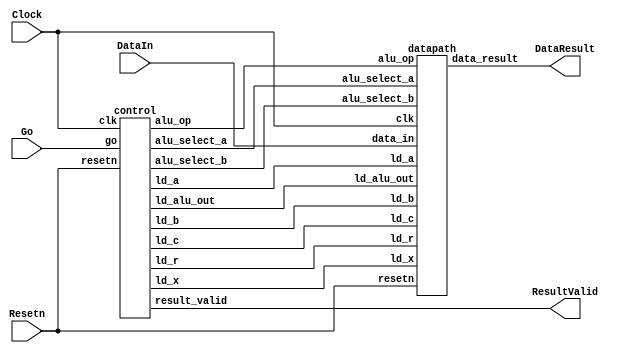
//Sw[7:0] data_in

//KEY[0] synchronous reset when pressed
//KEY[1] go signal

//LEDR displays result
//HEX0 & HEX1 also displays result

module part2(Clock, Resetn, Go, DataIn, DataResult, ResultValid);
    input Clock;
    input Resetn;
    input Go;
    input [7:0] DataIn;
    output [7:0] DataResult;
    output ResultValid;

    // lots of wires to connect our datapath and control
    wire ld_a, ld_b, ld_c, ld_x, ld_r;
    wire ld_alu_out;
    wire [1:0]  alu_select_a, alu_select_b;
    wire alu_op;

    control C0(
        .clk(Clock),
        .resetn(Resetn),

        .go(Go),

        .ld_alu_out(ld_alu_out),
        .ld_x(ld_x),
        .ld_a(ld_a),
        .ld_b(ld_b),
        .ld_c(ld_c),
        .ld_r(ld_r),

        .alu_select_a(alu_select_a),
        .alu_select_b(alu_select_b),
        .alu_op(alu_op),
        .result_valid(ResultValid)
    );

    datapath D0(
        .clk(Clock),
        .resetn(Resetn),

        .ld_alu_out(ld_alu_out),
        .ld_x(ld_x),
        .ld_a(ld_a),
        .ld_b(ld_b),
        .ld_c(ld_c),
        .ld_r(ld_r),

        .alu_select_a(alu_select_a),
        .alu_select_b(alu_select_b),
        .alu_op(alu_op),

        .data_in(DataIn),
        .data_result(DataResult)
    );

 endmodule


module control(
    input clk,
    input resetn,
    input go,

    output reg  ld_a, ld_b, ld_c, ld_x, ld_r,
    output reg  ld_alu_out,
    output reg [1:0]  alu_select_a, alu_select_b,
    output reg alu_op,
    output reg result_valid
    );

    reg [5:0] current_state, next_state;

    localparam  S_LOAD_A        = 5'd0,
                S_LOAD_A_WAIT   = 5'd1,
                S_LOAD_B        = 5'd2,
                S_LOAD_B_WAIT   = 5'd3,
                S_LOAD_C        = 5'd4,
                S_LOAD_C_WAIT   = 5'd5,
                S_LOAD_X        = 5'd6,
                S_LOAD_X_WAIT   = 5'd7,
                S_CYCLE_0       = 5'd8,
                S_CYCLE_1       = 5'd9,
                S_CYCLE_2       = 5'd10,
                S_CYCLE_3       = 5'd11;

    always @(posedge clk, negedge resetn)
    begin
        if (!resetn)
            result_valid = 1'b0;
        else if (current_state == S_CYCLE_3) 
            result_valid = 1'b1;
        else if (go == 1)
            result_valid = 1'b0;
    end

    // Next state logic aka our state table
    always@(*)
    begin: state_table
            case (current_state)
                S_LOAD_A: next_state = go ? S_LOAD_A_WAIT : S_LOAD_A; // Loop in current state until value is input
                S_LOAD_A_WAIT: next_state = go ? S_LOAD_A_WAIT : S_LOAD_B; // Loop in current state until go signal goes low
                S_LOAD_B: next_state = go ? S_LOAD_B_WAIT : S_LOAD_B; // Loop in current state until value is input
                S_LOAD_B_WAIT: next_state = go ? S_LOAD_B_WAIT : S_LOAD_C; // Loop in current state until go signal goes low
                S_LOAD_C: next_state = go ? S_LOAD_C_WAIT : S_LOAD_C; // Loop in current state until value is input
                S_LOAD_C_WAIT: next_state = go ? S_LOAD_C_WAIT : S_LOAD_X; // Loop in current state until go signal goes low
                S_LOAD_X: next_state = go ? S_LOAD_X_WAIT : S_LOAD_X; // Loop in current state until value is input
                S_LOAD_X_WAIT: next_state = go ? S_LOAD_X_WAIT : S_CYCLE_0; // Loop in current state until go signal goes low
                S_CYCLE_0: next_state = S_CYCLE_1;
                S_CYCLE_1: next_state = S_CYCLE_2;
                S_CYCLE_2: next_state = S_CYCLE_3;
                S_CYCLE_3: next_state = S_LOAD_A; // we will be done our two operations, start over after
            default:     next_state = S_LOAD_A;
        endcase
    end // state_table


    // Output logic aka all of our datapath control signals
    always @(*)
    begin: enable_signals
        // By default make all our signals 0
        ld_alu_out = 1'b0;
        ld_a = 1'b0;
        ld_b = 1'b0;
        ld_c = 1'b0;
        ld_x = 1'b0;
        ld_r = 1'b0;
        alu_select_a = 2'b0;
        alu_select_b = 2'b0;
        alu_op       = 1'b0;

        case (current_state)
            S_LOAD_A: begin
                ld_a = 1'b1;
                end
            S_LOAD_B: begin
                ld_b = 1'b1;
                end
            S_LOAD_C: begin
                ld_c = 1'b1;
                end
            S_LOAD_X: begin
                ld_x = 1'b1;
                end
            S_CYCLE_0: begin // Do A <- A * x
                ld_alu_out = 1'b1; ld_a = 1'b1; // Store result into reg A
                alu_select_a = 2'b00; // Select reg A
                alu_select_b = 2'b11; // Select reg x
                alu_op = 1'b1; // Multiply
            end
            S_CYCLE_1: begin // Do A <- A + B ( == A*x + B)
                ld_alu_out = 1'b1; ld_a = 1'b1; // Store result into reg A
                alu_select_a = 2'b00; // Select reg A (=A*x)
                alu_select_b = 2'b01; // Select reg B
                alu_op = 1'b0; // Add
            end
            S_CYCLE_2: begin // Do A <- A * x ( == A*x*x + B*x)
                ld_alu_out = 1'b1; ld_a = 1'b1; // Store result into reg A
                alu_select_a = 2'b00; // Select reg A (==A*x + B)
                alu_select_b = 2'b11; // Select reg x
                alu_op = 1'b1; // Multiply
            end
            S_CYCLE_3: begin // Output A + C ( == A*x*x + B*x + C)
                ld_r = 1'b1; // Store result into reg R
                alu_select_a = 2'b00; // Select reg A (==A*x*x + B*x)
                alu_select_b = 2'b10; // Select reg C
                alu_op = 1'b0; // Add
            end
        // default:    // don't need default since we already made sure all of our outputs were assigned a value at the start of the always block
        endcase
    end // enable_signals

    // current_state registers
    always@(posedge clk)
    begin: state_FFs
        if(!resetn)
            current_state <= S_LOAD_A;
        else
            current_state <= next_state;
    end // state_FFS
endmodule

module datapath(
    input clk,
    input resetn,
    input [7:0] data_in,
    input ld_alu_out,
    input ld_x, ld_a, ld_b, ld_c,
    input ld_r,
    input alu_op,
    input [1:0] alu_select_a, alu_select_b,
    output reg [7:0] data_result
    );

    // input registers
    reg [7:0] a, b, c, x;

    // output of the alu
    reg [7:0] alu_out;
    // alu input muxes
    reg [7:0] alu_a, alu_b;

    // Registers a, b, c, x with respective input logic
    always@(posedge clk) begin
        if(!resetn) begin
            a <= 8'b0;
            b <= 8'b0;
            c <= 8'b0;
            x <= 8'b0;
        end
        else begin
            if(ld_a)
                a <= ld_alu_out ? alu_out : data_in; // load alu_out if load_alu_out signal is high, otherwise load from data_in
            if(ld_b)
                b <= ld_alu_out ? alu_out : data_in; // load alu_out if load_alu_out signal is high, otherwise load from data_in
            if(ld_x)
                x <= data_in;

            if(ld_c)
                c <= data_in;
        end
    end

    // Output result register
    always@(posedge clk) begin
        if(!resetn) begin
            data_result <= 8'b0;
        end
        else
            if(ld_r)
                data_result <= alu_out;
    end

    // The ALU input multiplexers
    always @(*)
    begin
        case (alu_select_a)
            2'd0:
                alu_a = a;
            2'd1:
                alu_a = b;
            2'd2:
                alu_a = c;
            2'd3:
                alu_a = x;
            default: alu_a = 8'b0;
        endcase

        case (alu_select_b)
            2'd0:
                alu_b = a;
            2'd1:
                alu_b = b;
            2'd2:
                alu_b = c;
            2'd3:
                alu_b = x;
            default: alu_b = 8'b0;
        endcase
    end

    // The ALU
    always @(*)
    begin : ALU
        // alu
        case (alu_op)
            0: begin
                   alu_out = alu_a + alu_b; //performs addition
               end
            1: begin
                   alu_out = alu_a * alu_b; //performs multiplication
               end
            default: alu_out = 8'b0;
        endcase
    end

endmodule